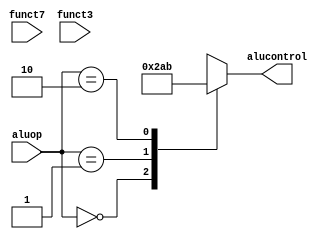
module aludec(funct7, funct3, aluop, alucontrol);
    input [6:0] funct7;
    input [2:0] funct3;
    input [1:0] aluop;
    output [3:0] alucontrol;
    reg [3:0] alucontrol;
    always @(aluop or funct7 or funct3)
    case(aluop)
      2'b00: alucontrol <= 4'b0010; //add (for lw/sw/addi/auipc/jal)
      2'b01: alucontrol <= 4'b1010; //sub (for beq)
      2'b10: alucontrol <= 4'b1011; //slt (for blt)
      2'bxx: alucontrol <= 4'bxxxx;
      // R-type instructions
      default: casex(funct7)
        7'b0000000: casex(funct3)
		        3'b000: alucontrol <= 4'b0010; //add
		        3'b111: alucontrol <= 4'b0000; //and
		        3'b110: alucontrol <= 4'b0001; //or
		        3'b010: alucontrol <= 4'b1011; //slt
                      default: alucontrol <= 4'bxxxx;
			endcase
	 7'b0000001: casex(funct3)
                      3'b000: alucontrol <= 4'b0100; //mul
                      3'b100: alucontrol <= 4'b0101; //div
                      default: alucontrol <= 4'bxxxx;
		      endcase
	 7'b0100000: alucontrol <= 4'b1010; //sub
	 default: alucontrol <= 4'bxxxx;	//illegal operation
       endcase
    endcase
endmodule